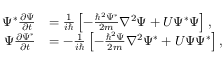
{ \begin{array} { r l } { \Psi ^ { * } { \frac { \partial \Psi } { \partial t } } } & { = { \frac { 1 } { i \hbar } } \left[ - { \frac { \hbar ^ { 2 } \Psi ^ { * } } { 2 m } } \nabla ^ { 2 } \Psi + U \Psi ^ { * } \Psi \right] , } \\ { \Psi { \frac { \partial \Psi ^ { * } } { \partial t } } } & { = - { \frac { 1 } { i \hbar } } \left[ - { \frac { \hbar ^ { 2 } \Psi } { 2 m } } \nabla ^ { 2 } \Psi ^ { * } + U \Psi \Psi ^ { * } \right] , } \end{array} }